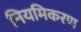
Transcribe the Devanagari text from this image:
नियमिकरण